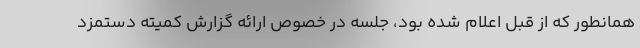
همانطور که از قبل اعلام شده بود، جلسه در خصوص ارائه گزارش کمیته دستمزد